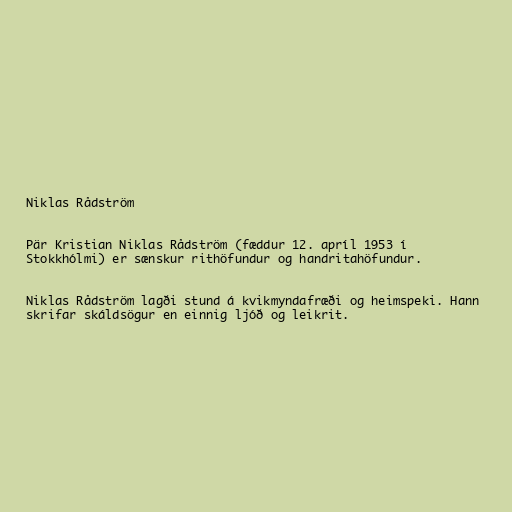
Niklas Rådström

Pär Kristian Niklas Rådström (fæddur 12. apríl 1953 í
Stokkhólmi) er sænskur rithöfundur og handritahöfundur.

Niklas Rådström lagði stund á kvikmyndafræði og heimspeki. Hann
skrifar skáldsögur en einnig ljóð og leikrit.